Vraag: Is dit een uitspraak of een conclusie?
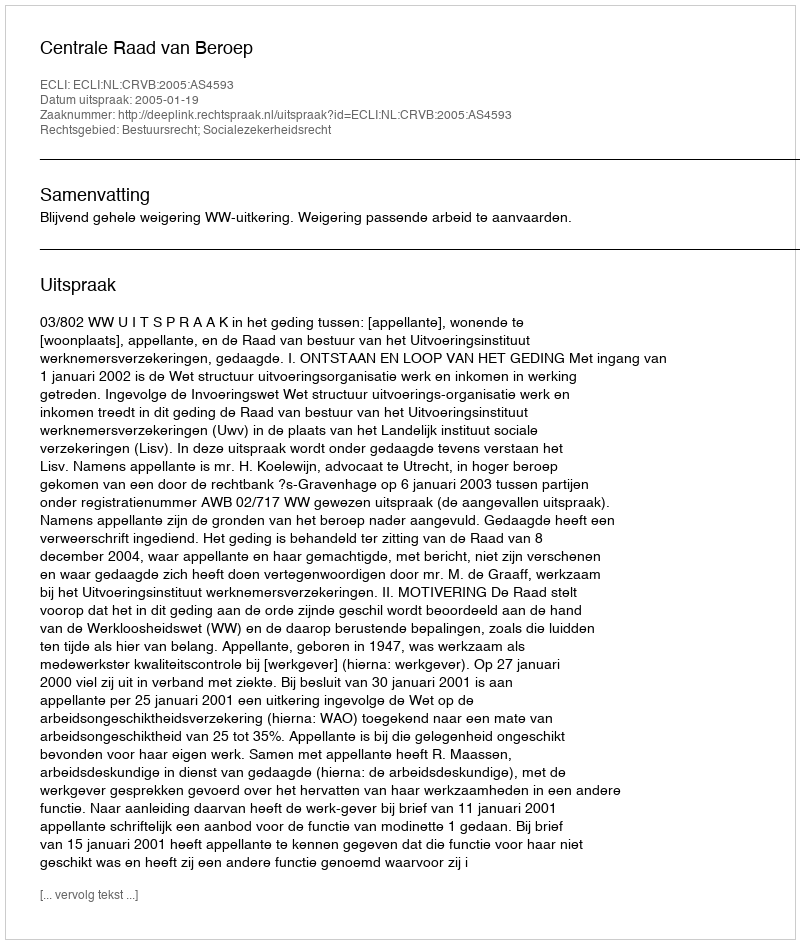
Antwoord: Uitspraak